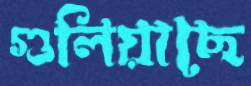
গুলিয়াছে